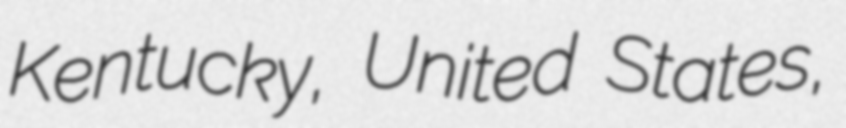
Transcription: Kentucky, United States,